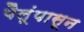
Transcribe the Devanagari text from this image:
पैलूंपासून